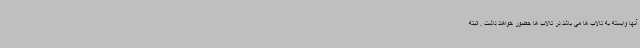
آنها وابسته به تالاب ها می باشد در تالاب ها حضور خواهند داشت . البته